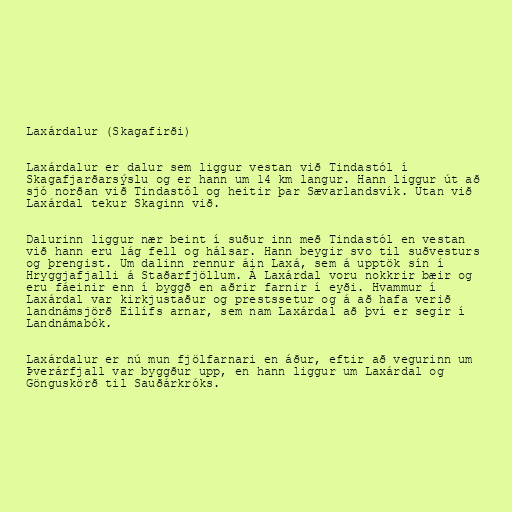
Laxárdalur (Skagafirði)

Laxárdalur er dalur sem liggur vestan við Tindastól í
Skagafjarðarsýslu og er hann um 14 km langur. Hann liggur út að
sjó norðan við Tindastól og heitir þar Sævarlandsvík. Utan við
Laxárdal tekur Skaginn við.

Dalurinn liggur nær beint í suður inn með Tindastól en vestan
við hann eru lág fell og hálsar. Hann beygir svo til suðvesturs
og þrengist. Um dalinn rennur áin Laxá, sem á upptök sín í
Hryggjafjalli á Staðarfjöllum. Á Laxárdal voru nokkrir bæir og
eru fáeinir enn í byggð en aðrir farnir í eyði. Hvammur í
Laxárdal var kirkjustaður og prestssetur og á að hafa verið
landnámsjörð Eilífs arnar, sem nam Laxárdal að því er segir í
Landnámabók.

Laxárdalur er nú mun fjölfarnari en áður, eftir að vegurinn um
Þverárfjall var byggður upp, en hann liggur um Laxárdal og
Gönguskörð til Sauðárkróks.